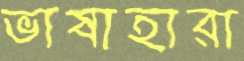
ভাষাহারা